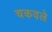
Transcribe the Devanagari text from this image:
चकवले